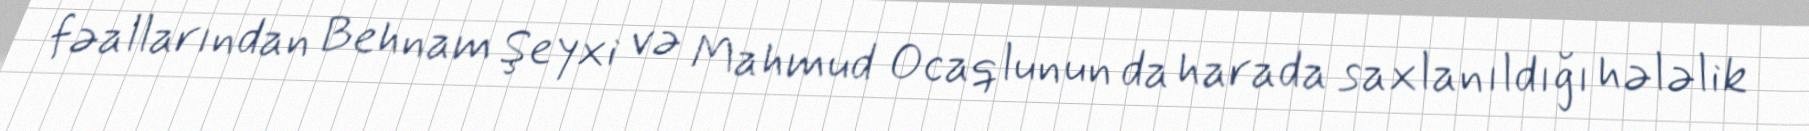
fəallarından Behnam Şeyxi və Mahmud Ocaqlunun da harada saxlanıldığı hələlik